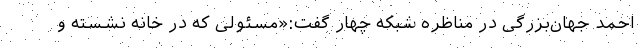
احمد جهان‌بزرگی در مناظره شبکه چهار گفت:«مسئولی که در خانه نشسته و